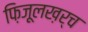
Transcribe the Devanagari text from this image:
फ़िज़ूलख़र्च